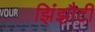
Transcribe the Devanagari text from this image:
झिंझौटी